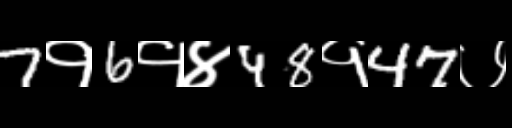
Text: 7१6१४48१47७